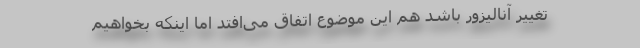
تغییر آنالیزور باشد هم این موضوع اتفاق می‌افتد اما اینکه بخواهیم